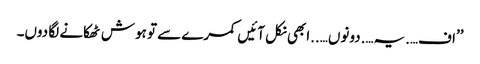
’’اف….یہ….دونوں…..ابھی نکل آئیں کمرے سے تو ہوش ٹھکانے لگا دوں۔